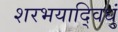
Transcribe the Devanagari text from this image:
शरभयाद्विधुं